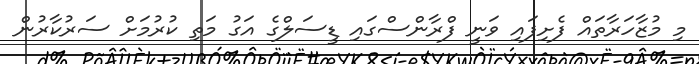
މި މުޒާހަރާތައް ފެށިފައި ވަނީ ފްރާންސްގައި ޑީސަލްގެ އަގު މަތި ކުރުމަށް ސަރުކާރުން